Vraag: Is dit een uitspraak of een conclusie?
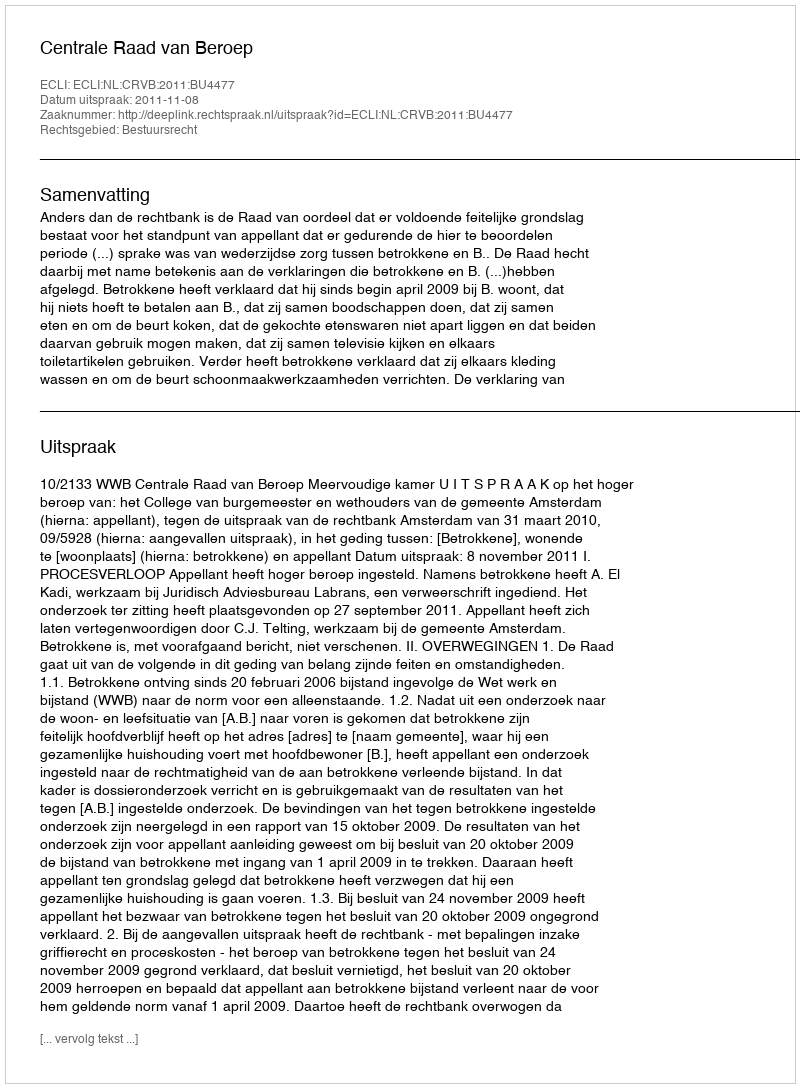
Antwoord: Uitspraak